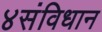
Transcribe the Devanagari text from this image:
४संविधान